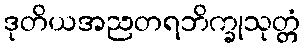
ဒုတိယအညတရဘိက္ခုသုတ္တံ